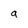
Character: a